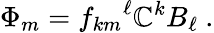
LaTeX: \Phi_{m}={f_{km}}^{\ell}\mathbb{C}^{k}B_{\ell}~.